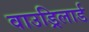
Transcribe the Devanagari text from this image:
वाउड्रिलार्ड